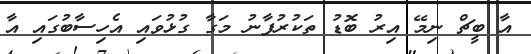
އާ ބީޗް ނިމޭ އިރު ބޮޑު ތަކުރުފާނު މަގާ ގުޅުވައި އެހިސާބުގައި އާ